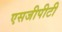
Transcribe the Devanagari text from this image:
एसजीपीटी